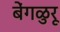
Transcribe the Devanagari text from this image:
बेंगळुरू